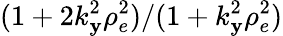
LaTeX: (1+2k_{\mathbf{y}}^{2}\rho_{e}^{2})/(1+k_{\mathbf{y}}^{2}\rho_{e}^{2})